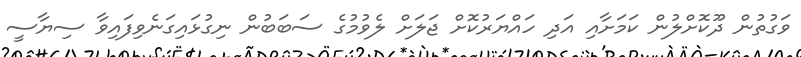
ވަގުތުން ދޫކޮށްލުން ކަމަށާއި އަދި ހައްޔަރުކޮށް ޖަލަށް ލެވުމުގެ ސަބަބުން ނިގުޅައިގަނެވިފައިވާ ސިޔާސީ